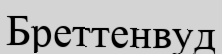
Бреттенвуд